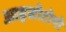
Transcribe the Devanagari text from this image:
आइसोटोपो